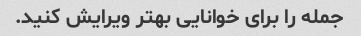
جمله را برای خوانایی بهتر ویرایش کنید.